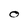
Character: O